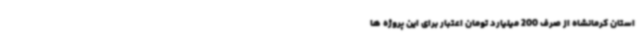
استان کرمانشاه از صرف 200 میلیارد تومان اعتبار برای این پروژه ها